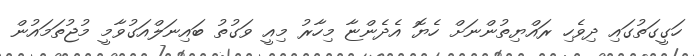
ހަގީގަތުގައި ދިވެހި ރައްޔިތުންނަށް ހެޔޮ އެދެންޏާ މިހާރު މިއީ ވަގުތު ބައިނަލްއަގުވާމީ މުޖުތަމައުން